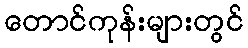
တောင်ကုန်းများတွင်